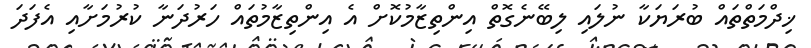
ޚިދްމަތްތައް ބުރަޔަކާ ނުލައި ލިބޭނެގޮތް އިންތިޒާމުކޮށް އެ އިންތިޒާމުތައް ހަރުދަނާ ކުރުމަށާއި އެފަދަ